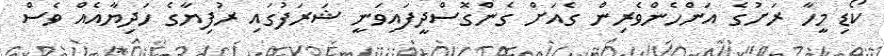
ކޯޑި މީހާ ރަށުގެ އަންހެންވެރިން ގެއަށް ގެންގޮސްދީފައިވަނީ ޝަރަފުގައި ރުފިޔާގެ ހަދިޔާއެއް ވެސް